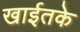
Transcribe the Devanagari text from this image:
खाईतके